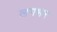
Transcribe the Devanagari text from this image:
लगभर